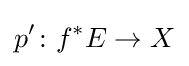
p'\colon f^{*}E\to X